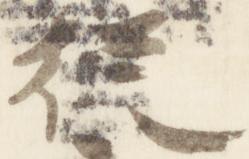
従